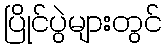
ပြိုင်ပွဲများတွင်